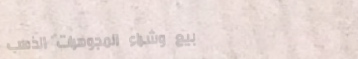
بيع وشراء المجوهرات الذهب